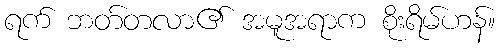
ရက် ဘတ်တလာ၏ အမူအရာက စိုးရိမ်ဟန်။